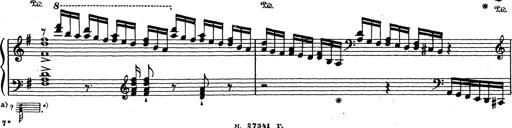
Title: Grosses Konzertsolo
Composer: Franz Liszt